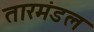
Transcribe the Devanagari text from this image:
तारमंडल